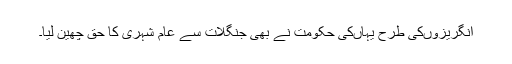
انگریزوںکی طرح یہاںکی حکومت نے بھی جنگلات سے عام شہری کا حق چھین لیا۔